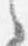
之